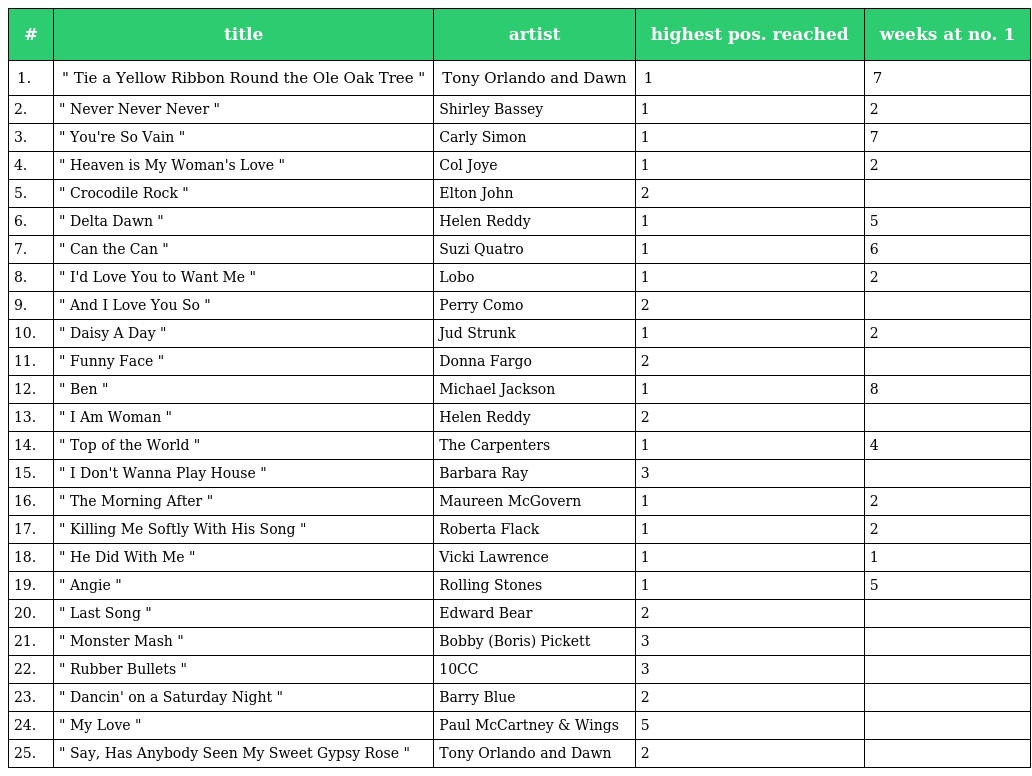
| # | title | artist | highest pos. reached | weeks at no. 1 |
 | --- | --- | --- | --- | --- |
 | 1. | " Tie a Yellow Ribbon Round the Ole Oak Tree " | Tony Orlando and Dawn | 1 | 7 |
 | 2. | " Never Never Never " | Shirley Bassey | 1 | 2 |
 | 3. | " You're So Vain " | Carly Simon | 1 | 7 |
 | 4. | " Heaven is My Woman's Love " | Col Joye | 1 | 2 |
 | 5. | " Crocodile Rock " | Elton John | 2 |  |
 | 6. | " Delta Dawn " | Helen Reddy | 1 | 5 |
 | 7. | " Can the Can " | Suzi Quatro | 1 | 6 |
 | 8. | " I'd Love You to Want Me " | Lobo | 1 | 2 |
 | 9. | " And I Love You So " | Perry Como | 2 |  |
 | 10. | " Daisy A Day " | Jud Strunk | 1 | 2 |
 | 11. | " Funny Face " | Donna Fargo | 2 |  |
 | 12. | " Ben " | Michael Jackson | 1 | 8 |
 | 13. | " I Am Woman " | Helen Reddy | 2 |  |
 | 14. | " Top of the World " | The Carpenters | 1 | 4 |
 | 15. | " I Don't Wanna Play House " | Barbara Ray | 3 |  |
 | 16. | " The Morning After " | Maureen McGovern | 1 | 2 |
 | 17. | " Killing Me Softly With His Song " | Roberta Flack | 1 | 2 |
 | 18. | " He Did With Me " | Vicki Lawrence | 1 | 1 |
 | 19. | " Angie " | Rolling Stones | 1 | 5 |
 | 20. | " Last Song " | Edward Bear | 2 |  |
 | 21. | " Monster Mash " | Bobby (Boris) Pickett | 3 |  |
 | 22. | " Rubber Bullets " | 10CC | 3 |  |
 | 23. | " Dancin' on a Saturday Night " | Barry Blue | 2 |  |
 | 24. | " My Love " | Paul McCartney & Wings | 5 |  |
 | 25. | " Say, Has Anybody Seen My Sweet Gypsy Rose " | Tony Orlando and Dawn | 2 |  |